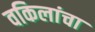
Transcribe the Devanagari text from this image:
वकिलांचा